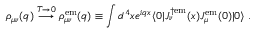
\rho _ { \mu \nu } ( q ) \stackrel { T \rightarrow 0 } { \longrightarrow } \rho _ { \mu \nu } ^ { \mathrm { e m } } ( q ) \equiv \int d ^ { 4 } x e ^ { i q x } \langle 0 | J _ { \nu } ^ { \dagger \mathrm { e m } } ( x ) J _ { \mu } ^ { \mathrm { e m } } ( 0 ) | 0 \rangle \; .